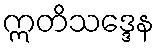
ဣတိသဒ္ဒေန